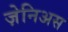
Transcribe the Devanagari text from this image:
ज़ेनिअस